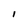
Character: I